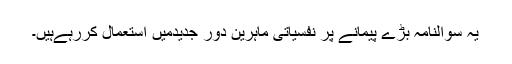
یہ سوالنامہ بڑے پیمانے پر نفسیاتی ماہرین دورِ جدیدمیں استعمال کررہےہیں۔